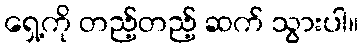
ရှေ့ကို တည့်တည့် ဆက် သွားပါ။